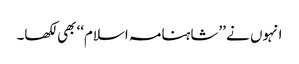
انہوں نے ’’شاہنامہ اسلام‘‘ بھی لکھا۔